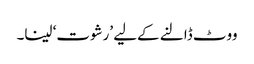
ووٹ ڈالنے کےلیے ’رشوت‘ لینا۔